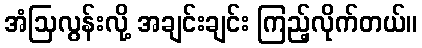
အံဩလွန်းလို့ အချင်းချင်း ကြည့်လိုက်တယ်။